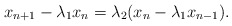
\begin{align*}x_{n+1} -\lambda_1x_n=\lambda_2(x_n -\lambda_1x_{n-1}). \end{align*}